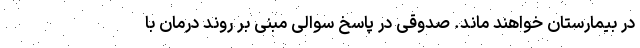
در بیمارستان خواهند ماند. صدوقی در پاسخ سوالی مبنی بر روند درمان با